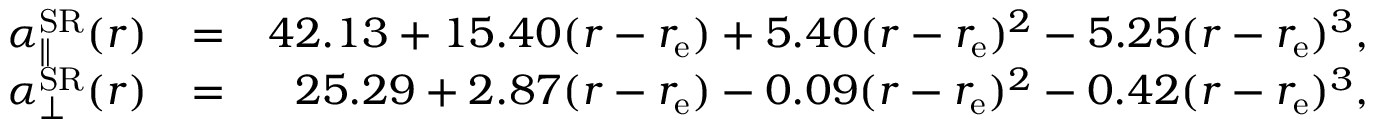
\begin{array} { r l r } { \alpha _ { \parallel } ^ { \mathrm { S R } } ( r ) } & { = } & { 4 2 . 1 3 + 1 5 . 4 0 ( r - r _ { \mathrm { e } } ) + 5 . 4 0 ( r - r _ { \mathrm { e } } ) ^ { 2 } - 5 . 2 5 ( r - r _ { \mathrm { e } } ) ^ { 3 } , } \\ { \alpha _ { \bot } ^ { \mathrm { S R } } ( r ) } & { = } & { 2 5 . 2 9 + 2 . 8 7 ( r - r _ { \mathrm { e } } ) - 0 . 0 9 ( r - r _ { \mathrm { e } } ) ^ { 2 } - 0 . 4 2 ( r - r _ { \mathrm { e } } ) ^ { 3 } , } \end{array}